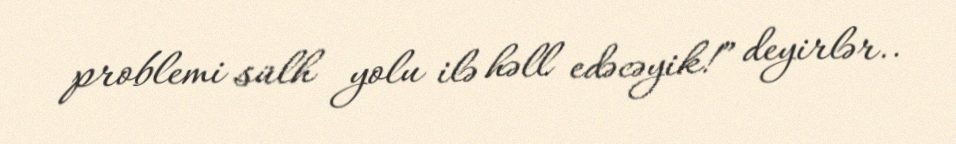
problemi sülh yolu ilə həll edəcəyik!” deyirlər..